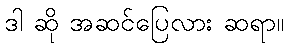
ဒါ ဆို အဆင်ပြေလား ဆရာ။